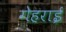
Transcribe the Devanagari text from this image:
गेहराई